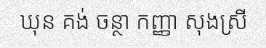
ឃុន គង់ ចន្ថា កញ្ញា សុងស្រី